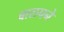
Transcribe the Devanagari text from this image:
बालपने